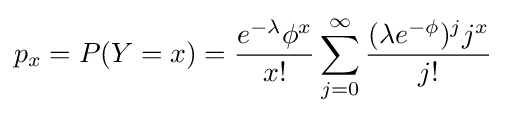
p_{x}=P(Y=x)={\frac {e^{-\lambda }\phi ^{x}}{x!}}\sum _{j=0}^{\infty }{\frac {(\lambda e^{-\phi })^{j}j^{x}}{j!}}~~